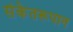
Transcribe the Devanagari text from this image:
संकेतरूपान